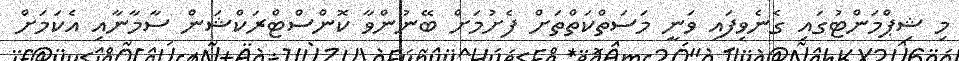
މި ޝިޕްމަންޓުގައި ގެނެވިފައި ވަނީ މަސަތްކަތްތަށް ފެށުމަށް ބޭނުންވާ ކޮންސްޓްރަކްޝަން ސާމާނާއި އެކަމަށް